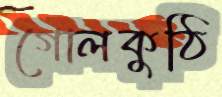
গোলকুঠি